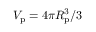
V _ { \mathrm { p } } = 4 \pi R _ { \mathrm { p } } ^ { 3 } / 3